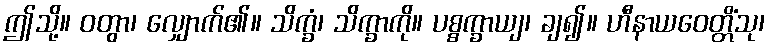
ဤသို့။ ဝတွာ၊ လျှောက်၏။ သိက္ခံ၊ သိက္ခာကို။ ပစ္စက္ခာယျ၊ ချ၍။ ဟီနာယဝေတ္တိံသု၊